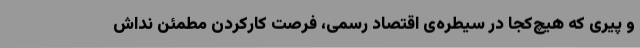
و پیری که هیچ‌کجا در سیطره‌ی اقتصاد رسمی، فرصت کارکردن مطمئن نداش